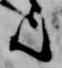
歟